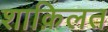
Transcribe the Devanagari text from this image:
शाक़िलत